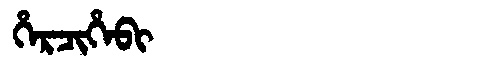
Manchu: ᡥᡝᡵᠴᡳᡥᡝᠪᡳ
Romanization: HERCIHEBI